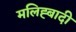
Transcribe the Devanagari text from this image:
मलिह्बादी